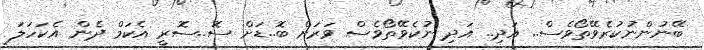
ބޭނުންނުކުރެވޭތޯވެސް.. އަދި.. އަދި ނުކެވޭތޯވެސް ވަރަށް ބޮ..ޑަށް ސޮ..ސޮރީ އެކަމް ދެން އެކަހަލަ